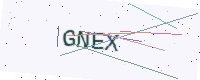
Text: GNEX